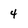
Character: 4